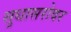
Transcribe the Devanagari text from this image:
सुधासरोवर